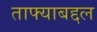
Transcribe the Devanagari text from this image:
ताफ्याबद्दल